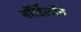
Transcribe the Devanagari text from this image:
बॉर्डिलॉन